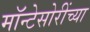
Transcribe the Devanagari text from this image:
मॉन्टेसोरींच्या